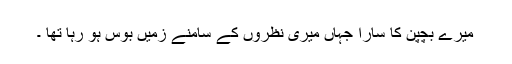
میرے بچپن کا سارا جہاں میری نظروں کے سامنے زمیں بوس ہو رہا تھا ۔